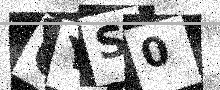
Text: GYS0